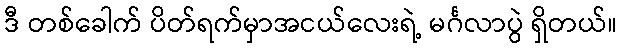
ဒီ တစ်ခေါက် ပိတ်ရက်မှာအငယ်လေးရဲ့ မင်္ဂလာပွဲ ရှိတယ်။